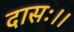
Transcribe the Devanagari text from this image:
दासः।।